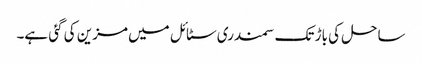
ساحل کی باڑ تک سمندری سٹائل میں مزین کی گئی ہے۔